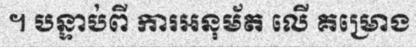
។ បន្ទាប់ពី ការអនុម័ត លើ គម្រោង